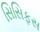
સિસિફસ